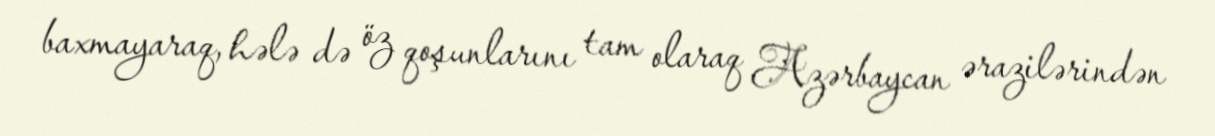
baxmayaraq, hələ də öz qoşunlarını tam olaraq Azərbaycan ərazilərindən